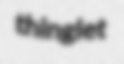
thinglet